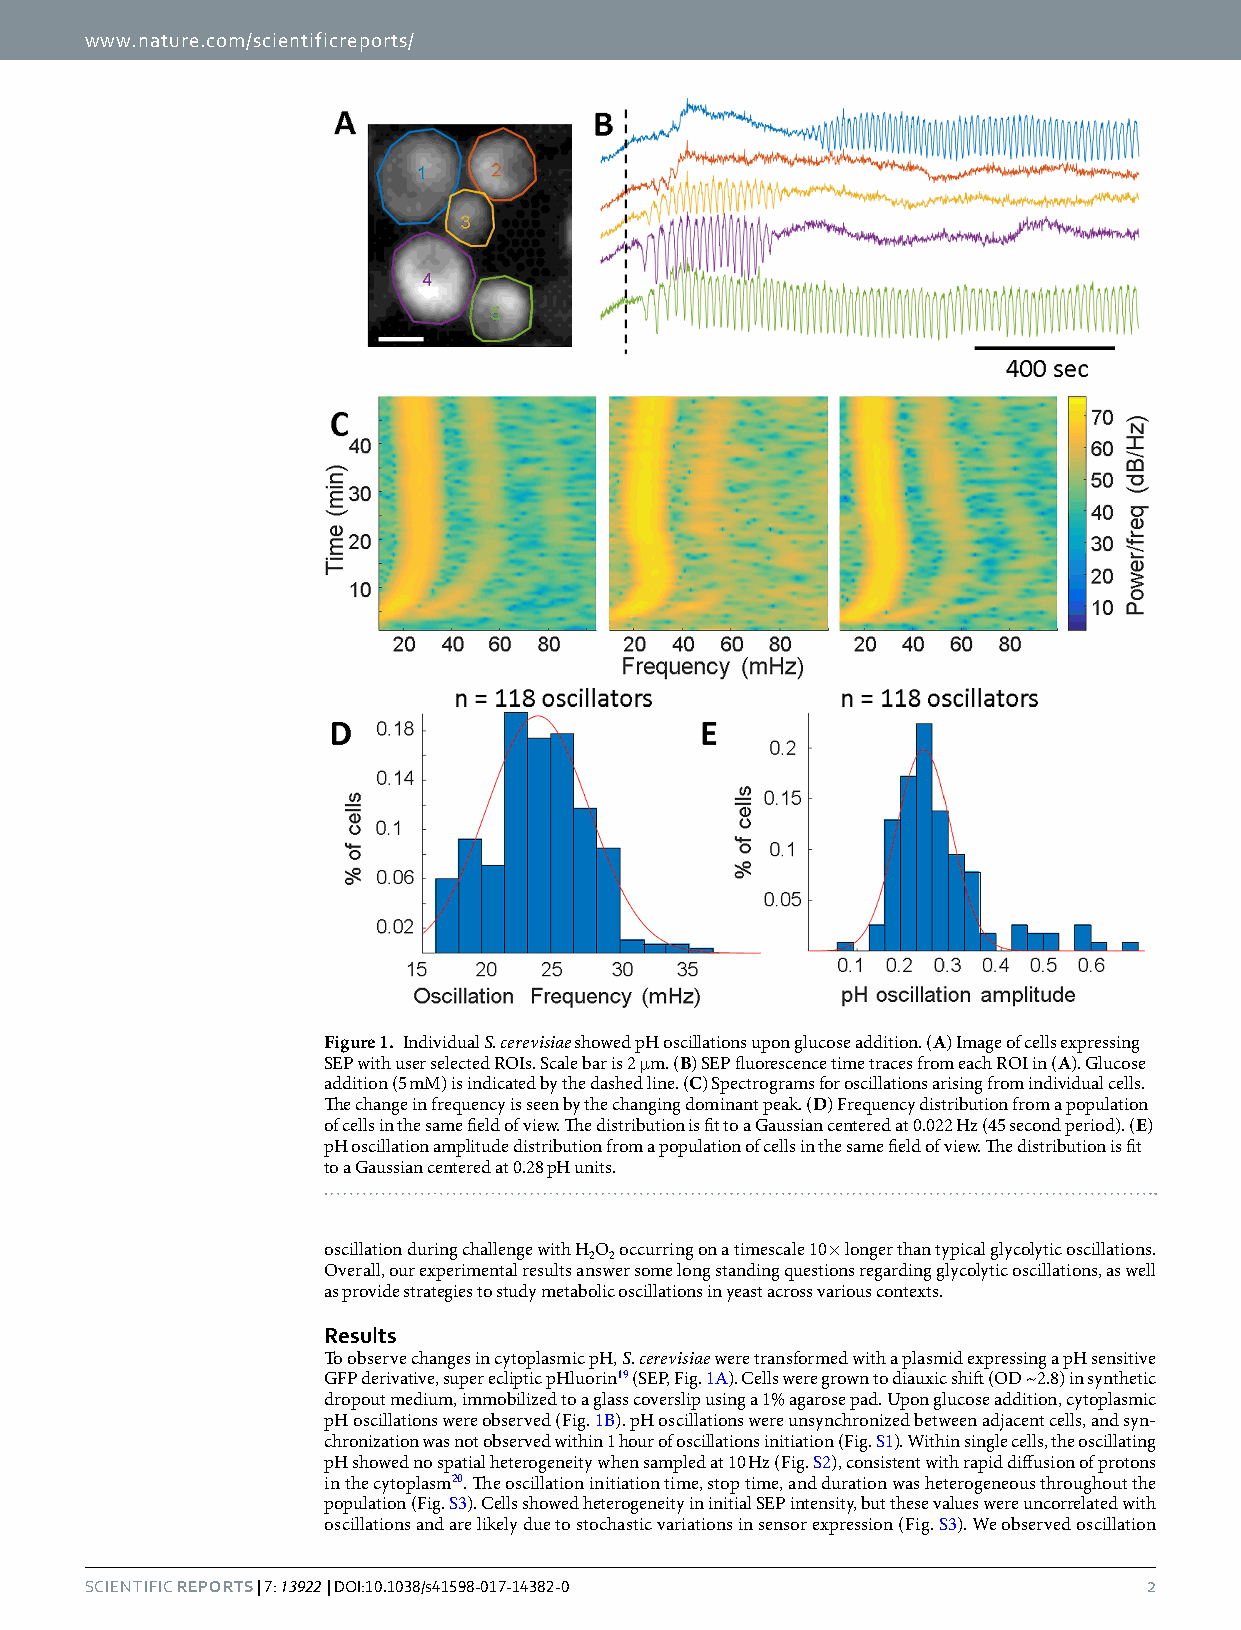
www.nature.com/scientificreports/
 Figure 1. Individual S. cerevisiae showed pH oscillations upon glucose addition. (A) Image of cells expressing
 SEP with user selected ROIs. Scale bar is 2 μm. (B) SEP fluorescence time traces from each ROI in (A). Glucose
 addition (5 mM) is indicated by the dashed line. (C) Spectrograms for oscillations arising from individual cells.
 The change in frequency is seen by the changing dominant peak. (D) Frequency distribution from a population
 of cells in the same field of view. The distribution is fit to a Gaussian centered at 0.022 Hz (45 second period). (E)
 pH oscillation amplitude distribution from a population of cells in the same field of view. The distribution is fit
 to a Gaussian centered at 0.28 pH units.
 oscillation during challenge with HO occurring on a timescale 10× longer than typical glycolytic oscillations.
 2 2
 Overall, our experimental results answer some long standing questions regarding glycolytic oscillations, as well
 as provide strategies to study metabolic oscillations in yeast across various contexts.
 Results
 To observe changes in cytoplasmic pH, S. cerevisiae were transformed with a plasmid expressing a pH sensitive
 GFP derivative, super ecliptic pHluorin19 (SEP, Fig. 1A). Cells were grown to diauxic shift (OD ~2.8) in synthetic
 dropout medium, immobilized to a glass coverslip using a 1% agarose pad. Upon glucose addition, cytoplasmic
 pH oscillations were observed (Fig. 1B). pH oscillations were unsynchronized between adjacent cells, and syn-
 chronization was not observed within 1 hour of oscillations initiation (Fig. S1). Within single cells, the oscillating
 pH showed no spatial heterogeneity when sampled at 10 Hz (Fig. S2), consistent with rapid diffusion of protons
 in the cytoplasm20. The oscillation initiation time, stop time, and duration was heterogeneous throughout the
 population (Fig. S3). Cells showed heterogeneity in initial SEP intensity, but these values were uncorrelated with
 oscillations and are likely due to stochastic variations in sensor expression (Fig. S3). We observed oscillation
 SCientifiC REPORTs | 7: 13922 | DOI:10.1038/s41598-017-14382-0        2